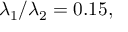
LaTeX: \lambda _ { 1 } / \lambda _ { 2 } = 0 . 1 5 ,